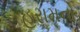
હરામનો